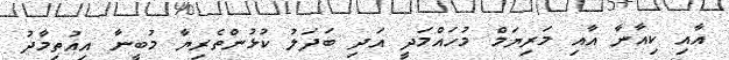
އާއި ކިއާނާ އާއި މަރިޔަމް މުހައްމަދީ އަދި ބަދަލު ކުޅުންތެރިޔާ މުބީނާ އިއުތިމާދު